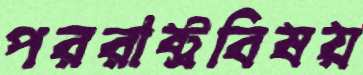
পররাষ্ট্রবিষয়